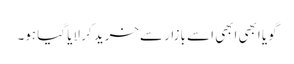
گویا ابھی ابھی اسے بازار سےخرید کر لایا گیا ہو۔